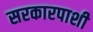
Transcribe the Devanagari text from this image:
सरकारपाशी